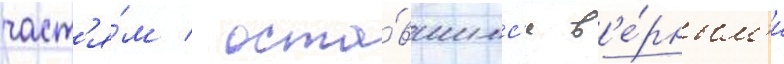
част'я́м / оста́вшимс'я в'е́рным'и